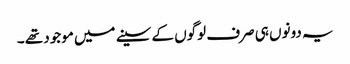
یہ دونوں‌ ہی صرف لوگوں کے سینے میں موجود تھے ۔